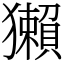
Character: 獺